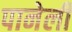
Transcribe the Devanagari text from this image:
पानेली